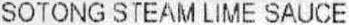
SOTONG STEAM LIME SAUCE